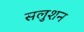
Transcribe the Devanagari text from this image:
सलुशन